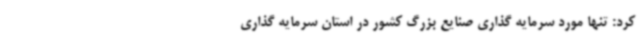
کرد: تنها مورد سرمایه گذاری صنایع بزرگ کشور در استان سرمایه گذاری